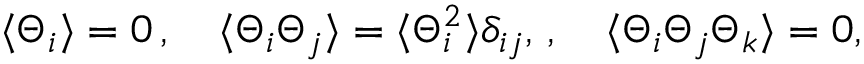
\langle \Theta _ { i } \rangle = 0 \, , \quad \langle \Theta _ { i } \Theta _ { j } \rangle = \langle \Theta _ { i } ^ { 2 } \rangle \delta _ { i j } , \, , \quad \langle \Theta _ { i } \Theta _ { j } \Theta _ { k } \rangle = 0 ,